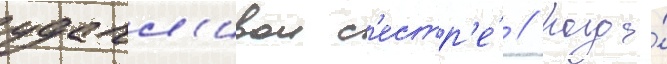
удачл'ивои с'естр'е́ // Когда́